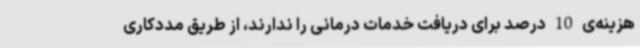
هزینه‌ی 10 درصد برای دریافت خدمات درمانی را ندارند، از طریق مددکاری